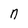
Character: n